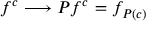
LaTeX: f ^ { c } \longrightarrow P f ^ { c } = f _ { P ( c ) }